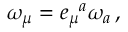
\omega _ { \mu } = e _ { \mu } ^ { \, \, \, \, a } \omega _ { a } \, { , }